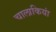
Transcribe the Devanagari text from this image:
चालाकियां